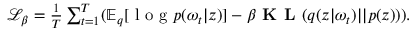
\begin{array} { r } { \mathcal { L } _ { \beta } = \frac { 1 } { T } \sum _ { t = 1 } ^ { T } ( \mathbb { E } _ { q } [ \mathrm { ~ l ~ o ~ g ~ } p ( \omega _ { t } | \boldsymbol { z } ) ] - \beta \textbf { K L } ( q ( \boldsymbol { z } | \omega _ { t } ) | | p ( \boldsymbol { z } ) ) ) . } \end{array}